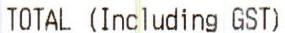
TOTAL (INCLUDING GST)